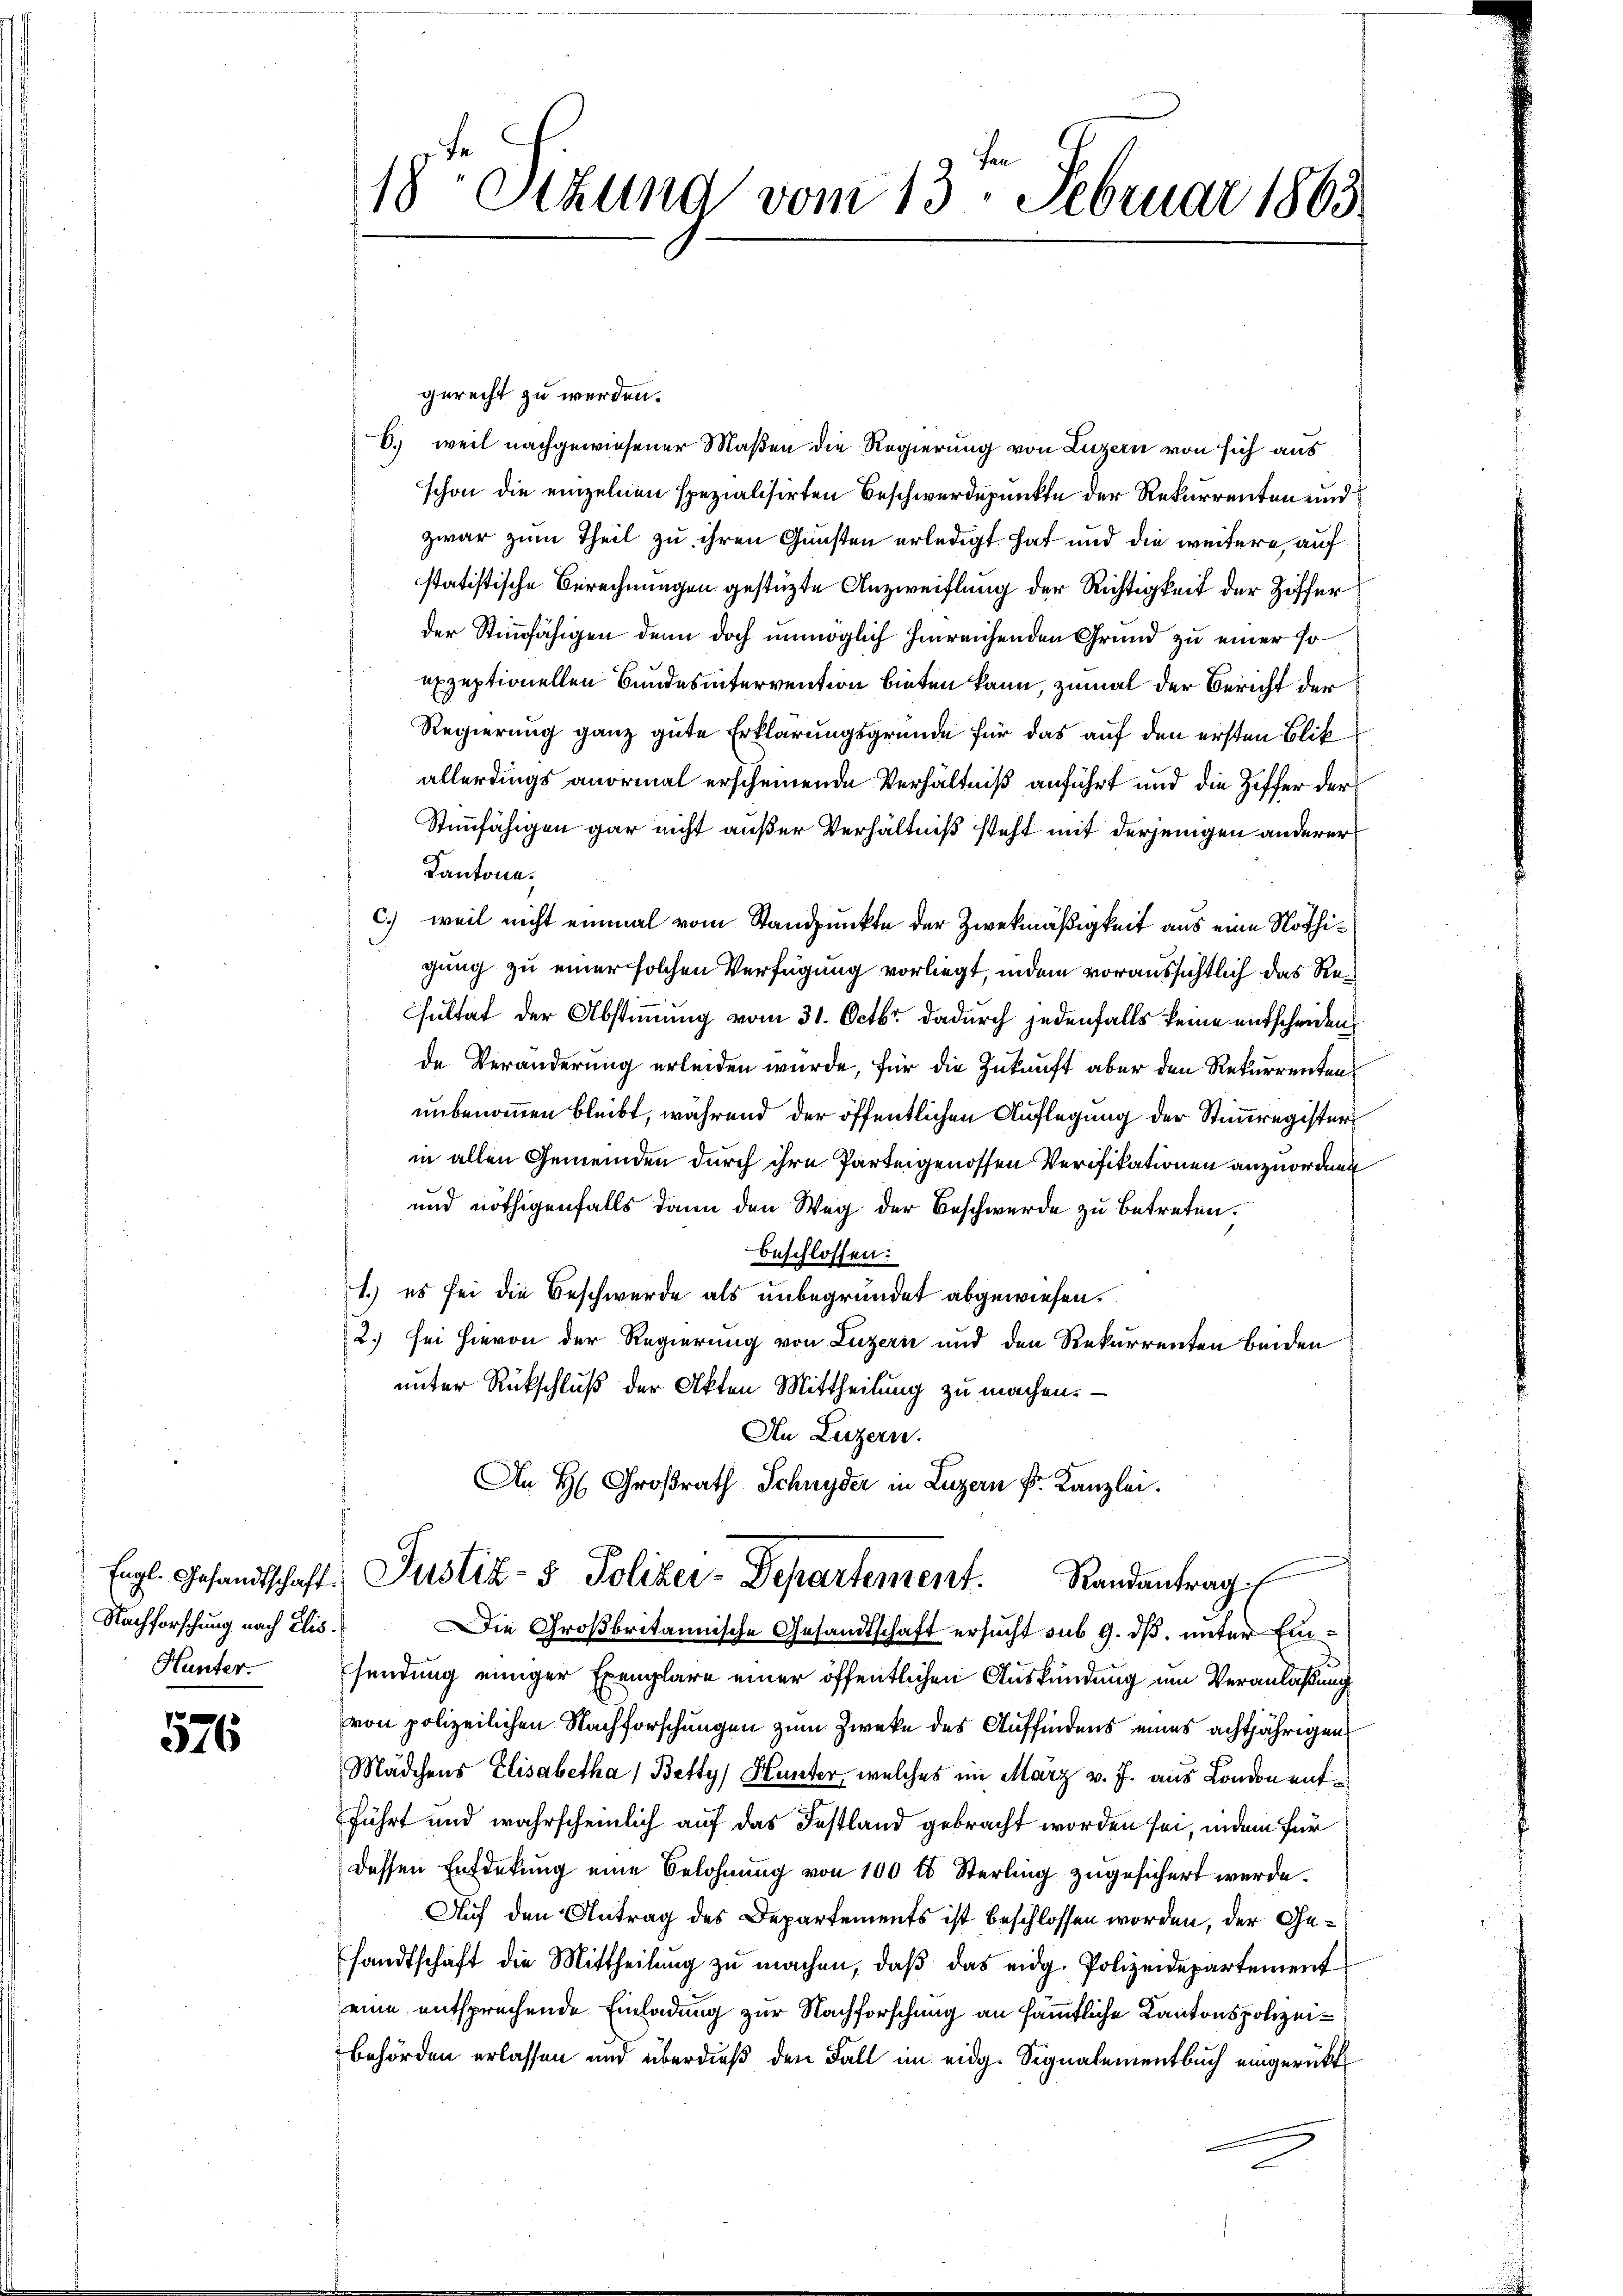
Nachforschung nach Elis.
Hunter.

e
316

gerecht zu werden.
6.) weil nachgewiesener Maßen die Regierung von Luzern von sich aus
schon die einzelnen spezialisirten Beschwerdepunkte der Rekurrenten und
zwar zum Theil zu ihren Gunsten erledigt hat und die weitere, auf
statistische Berechnungen gestüzte Anzweiflung der Richtigkeit der Ziffer
der Stimmfähigen denn doch unmöglich hinreichenden Grund zu einer so
exzeptionellen Bundesintervention bieten kann, zumal der Bericht der
Regierung ganz gute Erklärungsgründe für das auf den ersten Blik
allerdings anormal erscheinende Verhältniß anführt und die Ziffer der
Stimmfähigen gar nicht außer Verhältniß steht mit derjenigen anderer
Kantone.
c.) weil nicht einmal vom Standpunkte der Zweckmäßigkeit aus eine Nöthigung zu einer solchen Verfügung vorliegt, indem voraussichtlich das Resultat der Abstimmung vom 31. Octbr. dadurch jedenfalls keine entscheiden
de Veränderung erleiden wurde, für die Zukunft aber den Rekurrenten
unbenommen bleibt, während der öffentlichen Auflegung der Stimmregister
in allen Gemeinden durch ihre Parteigenossen Verifikationen anzuordnen
und nöthigenfalls dann den Weg der Beschwerde zu betreten.
beschlossen:
1.) es sei die Beschwerde als unbegründet abgewiesen.
2.) sei hievon der Regierung von Luzern und den Rekurrenten beiden
unter Rückschluß der Akten Mittheilung zu machen.
An Luzern.
An H. Großrath Schnyder in Luzern k. Kanzlei.

18ten Sizung vom 13. Februar 1863.

Engl. Gesandtschaft. Justiz- & Polizei-Departement. Randantrag

Die Großbritanische Gesandtschaft ersucht sub 9. ds, unter Einsendung einiger Exemplare einer öffentlichen Auskündung um Veranlaßung
von polizeilichen Nachforschungen zum Zwecke des Auffindens eines achtjährigen
Mädchens Elisabetha / Betty, Hunter, welches im März v. J. aus London entführt und wahrscheinlich auf das Festland gebracht worden sei, indem für
dessen Entdekung eine Belohnung von 100 lb Sterling zugesichert werde.
Auf den Antrag des Departements ist beschlossen worden, der Gesandtschaft die Mittheilung zu machen, daß das eidg. Polizeidepartement
eine entsprechende Einladung zur Nachforschung an sämmtliche Kantonspolizei¬
Behörden erlassen und überdieß den Fall im eidg. Signalementbuch eingerückt